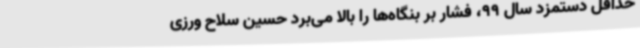
حداقل دستمزد سال 99، فشار بر بنگاه‌ها را بالا می‌برد حسین سلاح ورزی